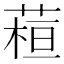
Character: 𦶙